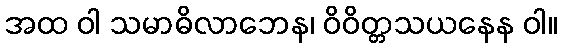
အထ ဝါ သမာဓိလာဘေန၊ ဝိဝိတ္တသယနေန ဝါ။